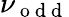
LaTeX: \nu_{\mathrm{~o~d~d~}}